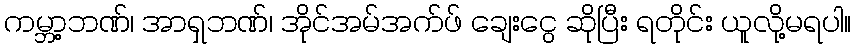
ကမ္ဘာ့ဘဏ်၊ အာရှဘဏ်၊ အိုင်အမ်အက်ဖ် ချေးငွေ ဆိုပြီး ရတိုင်း ယူလို့မရပါ။